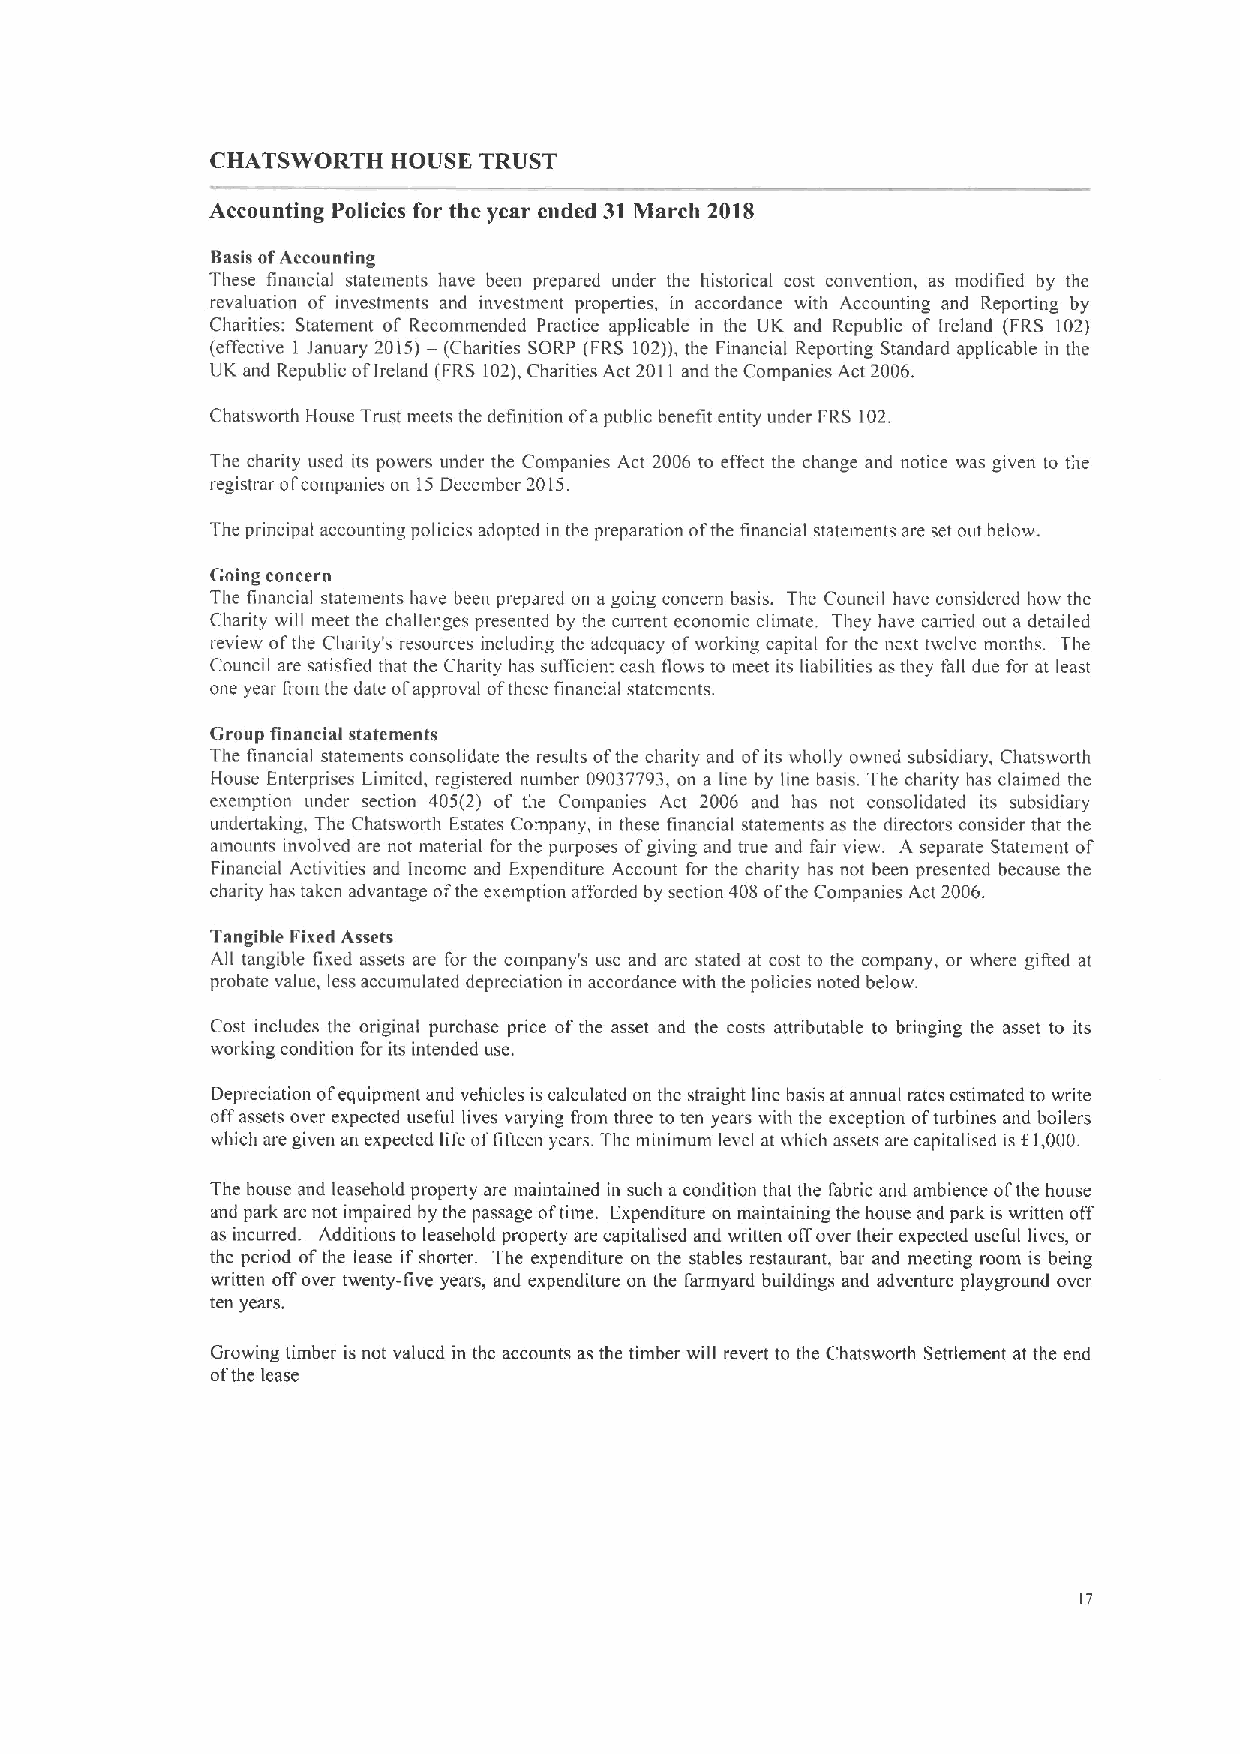
CHATSWORTH  HOUSE TRUST
 Accounting Policies for the year ended 31March 2018
 Basis ofAccounting
 These financial statements have been prepared under the historical cost convention, as modified by the
 revaluation of investments and investment properties, in accordance with Accounting and Reporting by
 Charities: Statement of Recommended Practice applicable in the UK and Republic of Ireland (FRS 102)
 (effective I January 2015)— (Charities SORP (FRS 102)),the Financial Reporting Standard applicable in the
 UK and Republic ofIreland (FRS 102),Charities Act 2011and the Companies Act 2006.
 Chatsworth House Trust meets the definition ofapublic benefit entity under FRS 102.
 The charity used its powers under the Companies Act 2006 to effect the change and notice was given Io the
 registrar ofcompanies on 15December 2015.
 The principal accounting policies adopted m the preparation ofthe financial statements are set out below.
 Going concern
 The financial statements have been prepared on a going concern basis. The Council have considered how the
 Charity will meet the challenges presented by the cunent economic climate. They have can'ied out a detailed
 review ofthe Charity's resources including the adequacy ofworking capital for the next twelve months. The
 Council are satisfied that the Charity has sufficient cash flows to meet its liabilities asthey fall due for at least
 one year from the date ofapproval ofthese financial statements.
 Group financial statements
 The financial statements consolidate the results ofthe charity and ofits wholly owned subsidiary, Chatsworth
 House Enterprises Limited, registered number 09037793,on a line by line basis. The charity has claimed the
 exemption under section 405(2) of tire Companies Act 2006 and has not consolidated its subsidiary
 undenaking, The Chatsworth Estates Company, in these financial statements as the directors consider that the
 amounts involved are not material for the purposes ofgiving and true and fair view. A separate Statement of
 Financial Activities and Income and Expenditure Account for the charity has not been presented because the
 charity has taken advantage ofthe exemption afforded by section 408 ofthe Companies Act 2006.
 Tangible Fixed Assets
 All tangible fixed assets are for the company's use and are stated at cost to the company, or where gifted at
 probate value, less accumulated depreciation in accordance with the policies noted below.
 Cost includes the original purchase price ofthe asset and the costs attributable to bringing the asset to its
 working condition for its intended use.
 Depreciation ofequipment and vehicles is calculated on the straight line basis at annual rates estimated to write
 offassets over expected useful lives varying from three to ten years with the exception ofturbines and boilers
 which are given an expected life oflit'teen years. The minimum level at ii'hich assets are capitalised is f I 000.
 The house and leasehold property are maintained in such a condition that the fabric and ambience ofthe house
 and park are not impaired by the passage oftime. Expenditure on maintaining the house and park is written off
 as incurred. Additions to leasehold property are capitalised and written offover their expected useful lives, or
 the period ofthe lease if shorter. The expenditure on the stables restaurant, bar and meeting room is being
 written offover twenty-five years, and expenditure on the farmyard buildings and adventure playground over
 ten years.
 Growing timber is not valued in the accounts as the timber will revert to the Chatsworth Settlement at the end
 ofthe lease